Medical and sanitary report of the native army of Madras for the year
Year: 1877
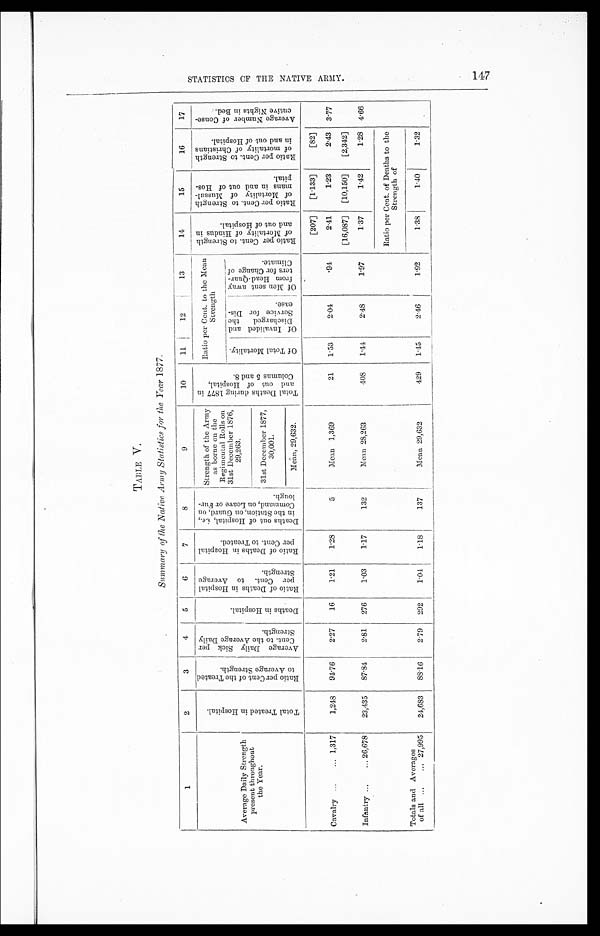
TABLE V.
Summary of the Native Army Statistics for the Year 1877.
1
2
3
4
5
6
7
8
9
10
11
12
13
14
15
16
17
Average Daily Strength
present throughout
the Year.
T o t a l T r e a t e d i n H o s p i t a l .
R a t i o p e r C e n t o f t h e T r e a t e d t o A v e r a g e S t r e n g t h .
A v e r a g e D a i l y S i c k p e r C e n t . t o t h e A v e r a g e D a i l y S t r e n g t h .
D e a t h s i n H o s p i t a l .
R a t i o o f D e a t h s i n H o s p i t a l p e r C e n t . t o A v e r a g e S t r e n g t h .
R a t i o o f D e a t h s i n H o s p i t a l p e r C e n t . t o T r e a t e d .
D e a t h s o u t o f H o s p i t a l , i . e . , i n t h e S t a t i o n , o n G u a r d , o n C o m m a n d , o n L e a v e o r F u r l o u g h .
Strength of the Army
as borne on the
Regimental Rolls on
31st December 1876,
29,263.
T o t a l D e a t h s d u r i n g 1 8 7 7 i n a n d o u t o f H o s p t i a l , C o l u m n s 5 a n d 8 .
Ratio per Cent. to the Mean
Strength
R a t i o p e r C e n t . t o S t r e n g t h o f M o r t a l i t y o f H i n d u s i n a n d o u t o f H o s p i t a l .
R a t i o p e r C e n t . t o S t r e n g t h o f M o r t a l i t y o f M u s s u l - m a n s i n a n d o u t o f H o s - p i t a l .
R a t i o p e r C e n t . t o S t r e n g t h o f m o r t a l i t y o f C h r i s t i a n s i n a n d o u t o f H o s p i t a l .
A v e r a g e N u m b e r o f C o n s e - c u t i v e N i g h t s i n B e d .
O f T o t a l M o r t a l i t y .
Of I nval i ded and Di s char ged t he Ser vi ce f or Di s eas e.
Of Me n s e n t a wa y f r o m He a d - Qu a r - t e r s f o r Ch a n g e o f Cl i ma t e .
31st December 1877,
30,001.
Mean, 29,632.
[207]
[1.133]
[82]
Cavalry . . . 1,317
1,248
94.76
2.27
16
1.21
1.28
5
Mean 1,369
21
1.53
2.04
.94
2.41
1.23
2.43
3.77
[16,087]
[10,150]
[2,342]
Infantry . . . 26,678
23,435
87.84
2.81
276
1.03
1.17
132
Mean 28,263
408
1.44
2.48
1.97
1.37
1.42
1.28
4.66
Ratio per Cent. of Deaths to the
Strength of
Totals and Averages
of all . . . 27,995
24,683
88.16
2.79
292
1.04
1.18
137
Mean 29,632
429
1.45
2.46
1.92
1.38
1.40
1.32
147